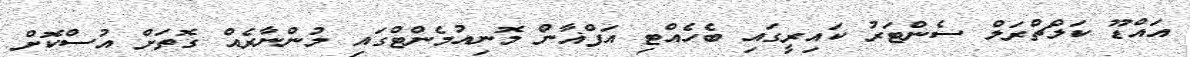
އައްޑޫ ކަލްޗްރަލް ސެންޓަރު ކައިރީގައި ބެހެއްޓި އަފްޣާން މޮނިއުމެންޓްގައި މުންނާރެއް ގޮތަށް އުސްކޮށް